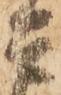
是